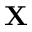
{ \bf X }